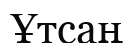
Ұтсаң